Bréfritari: Jóhannes Halldórsson
Dagsetning: A-1875-03-27
Skrifað á: Vesturheimi

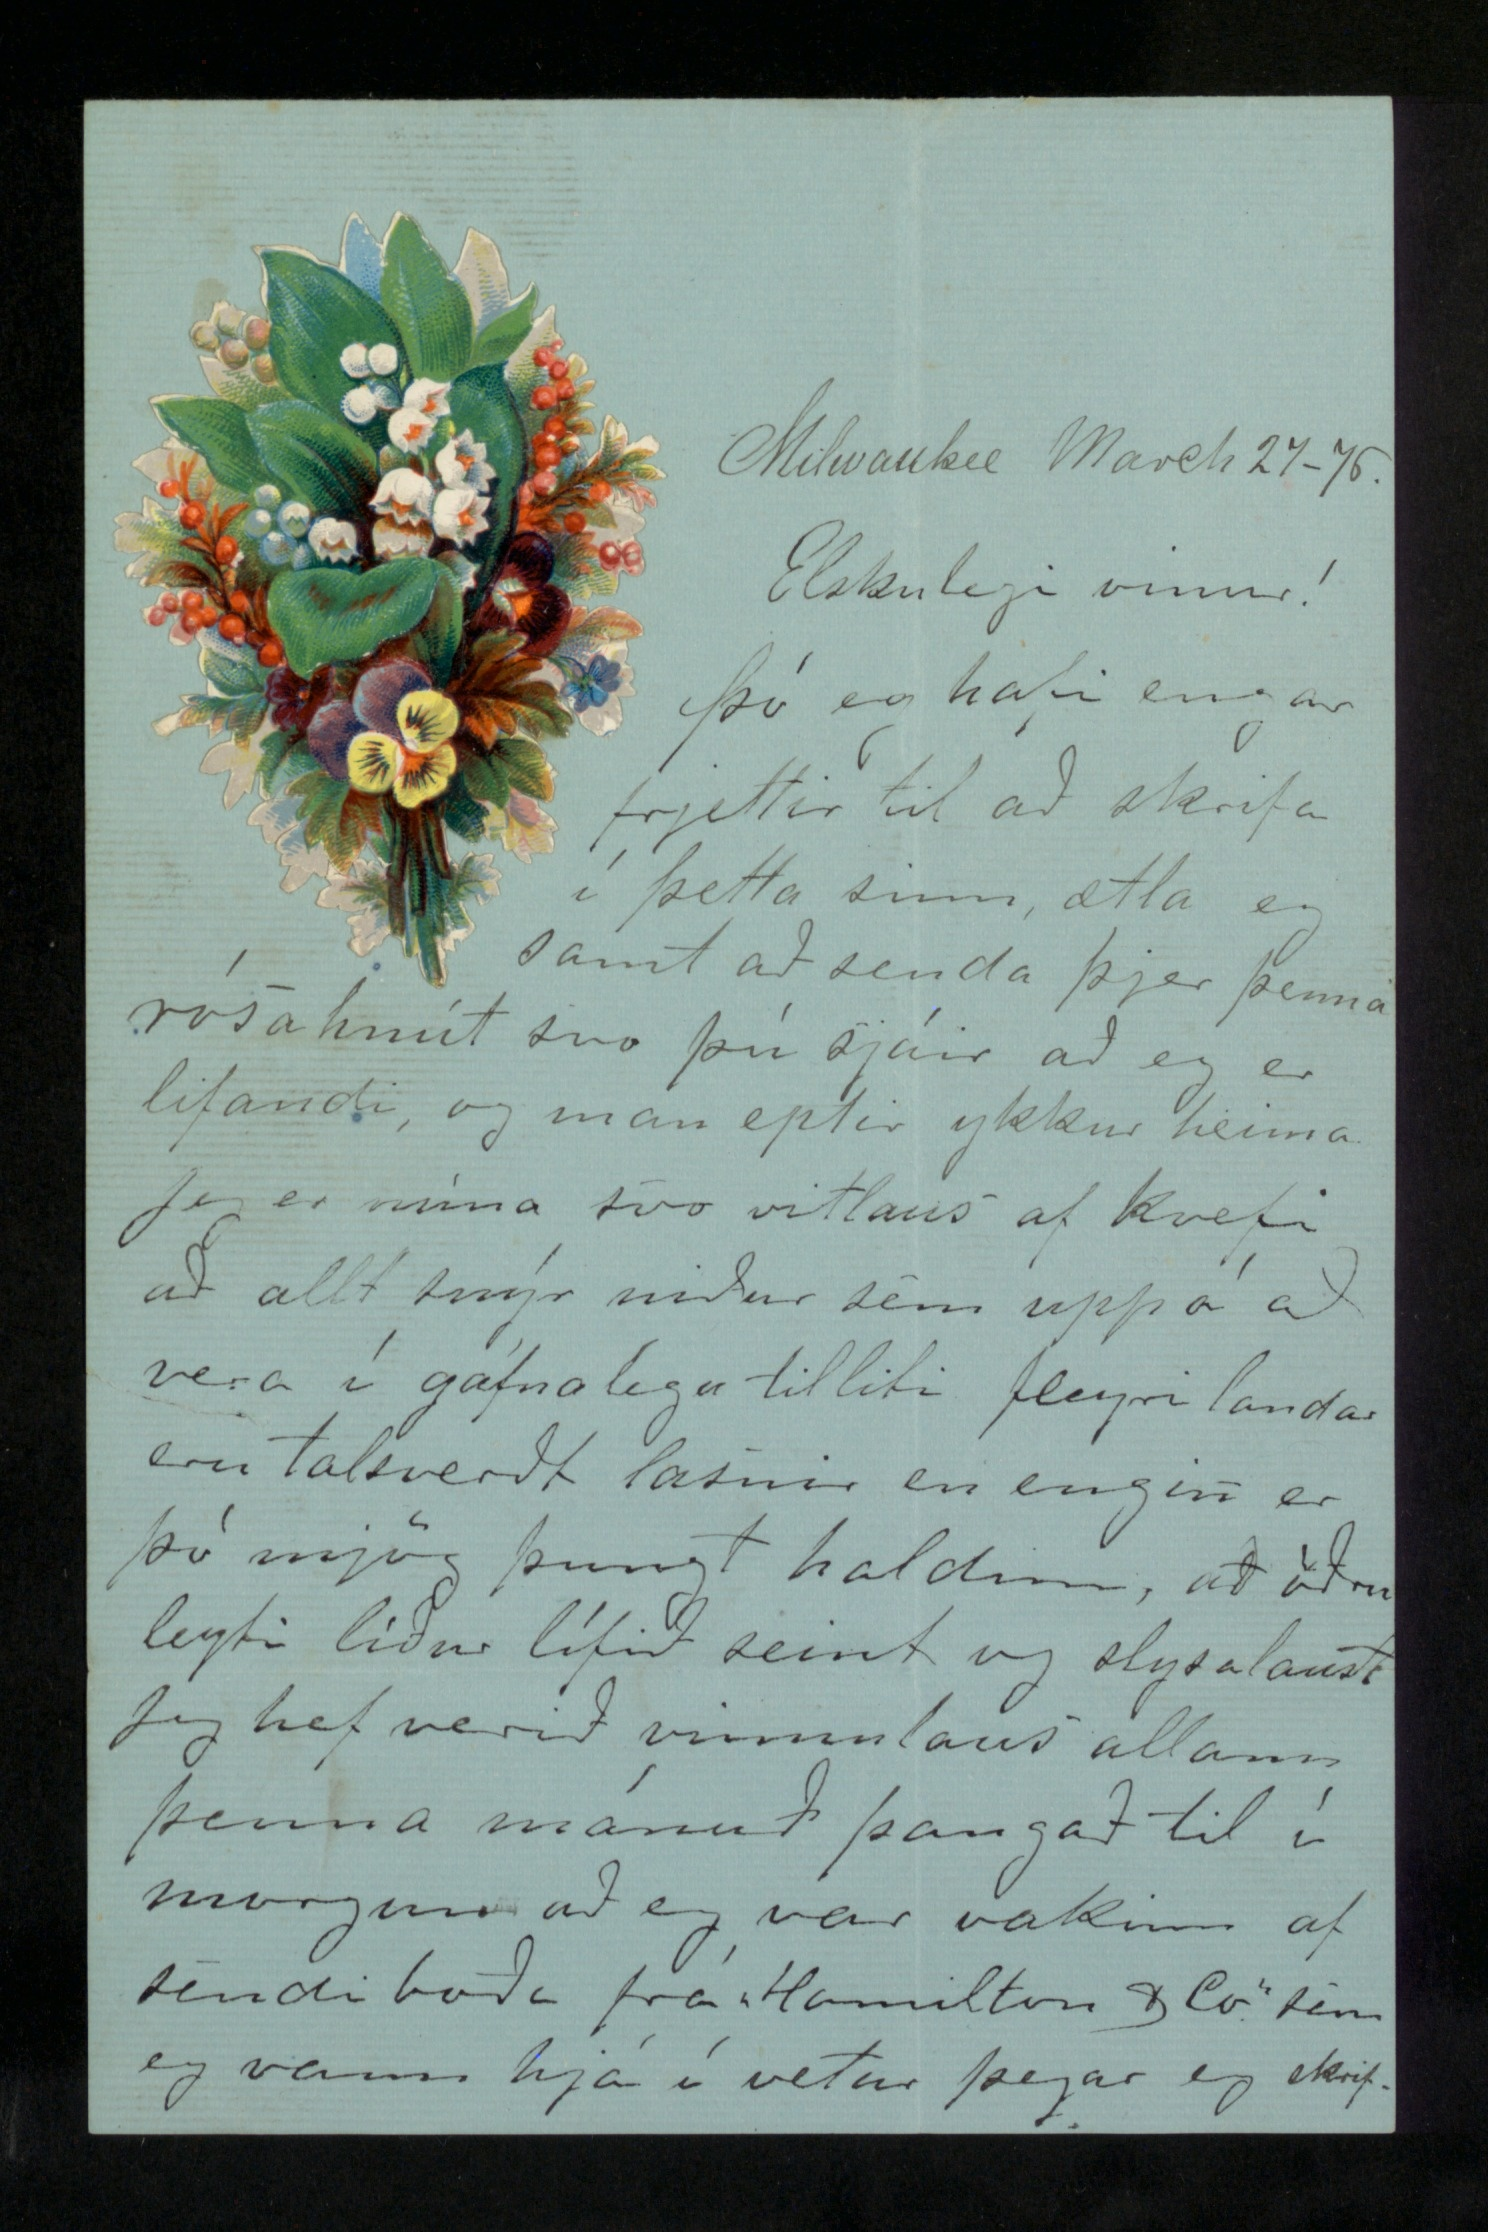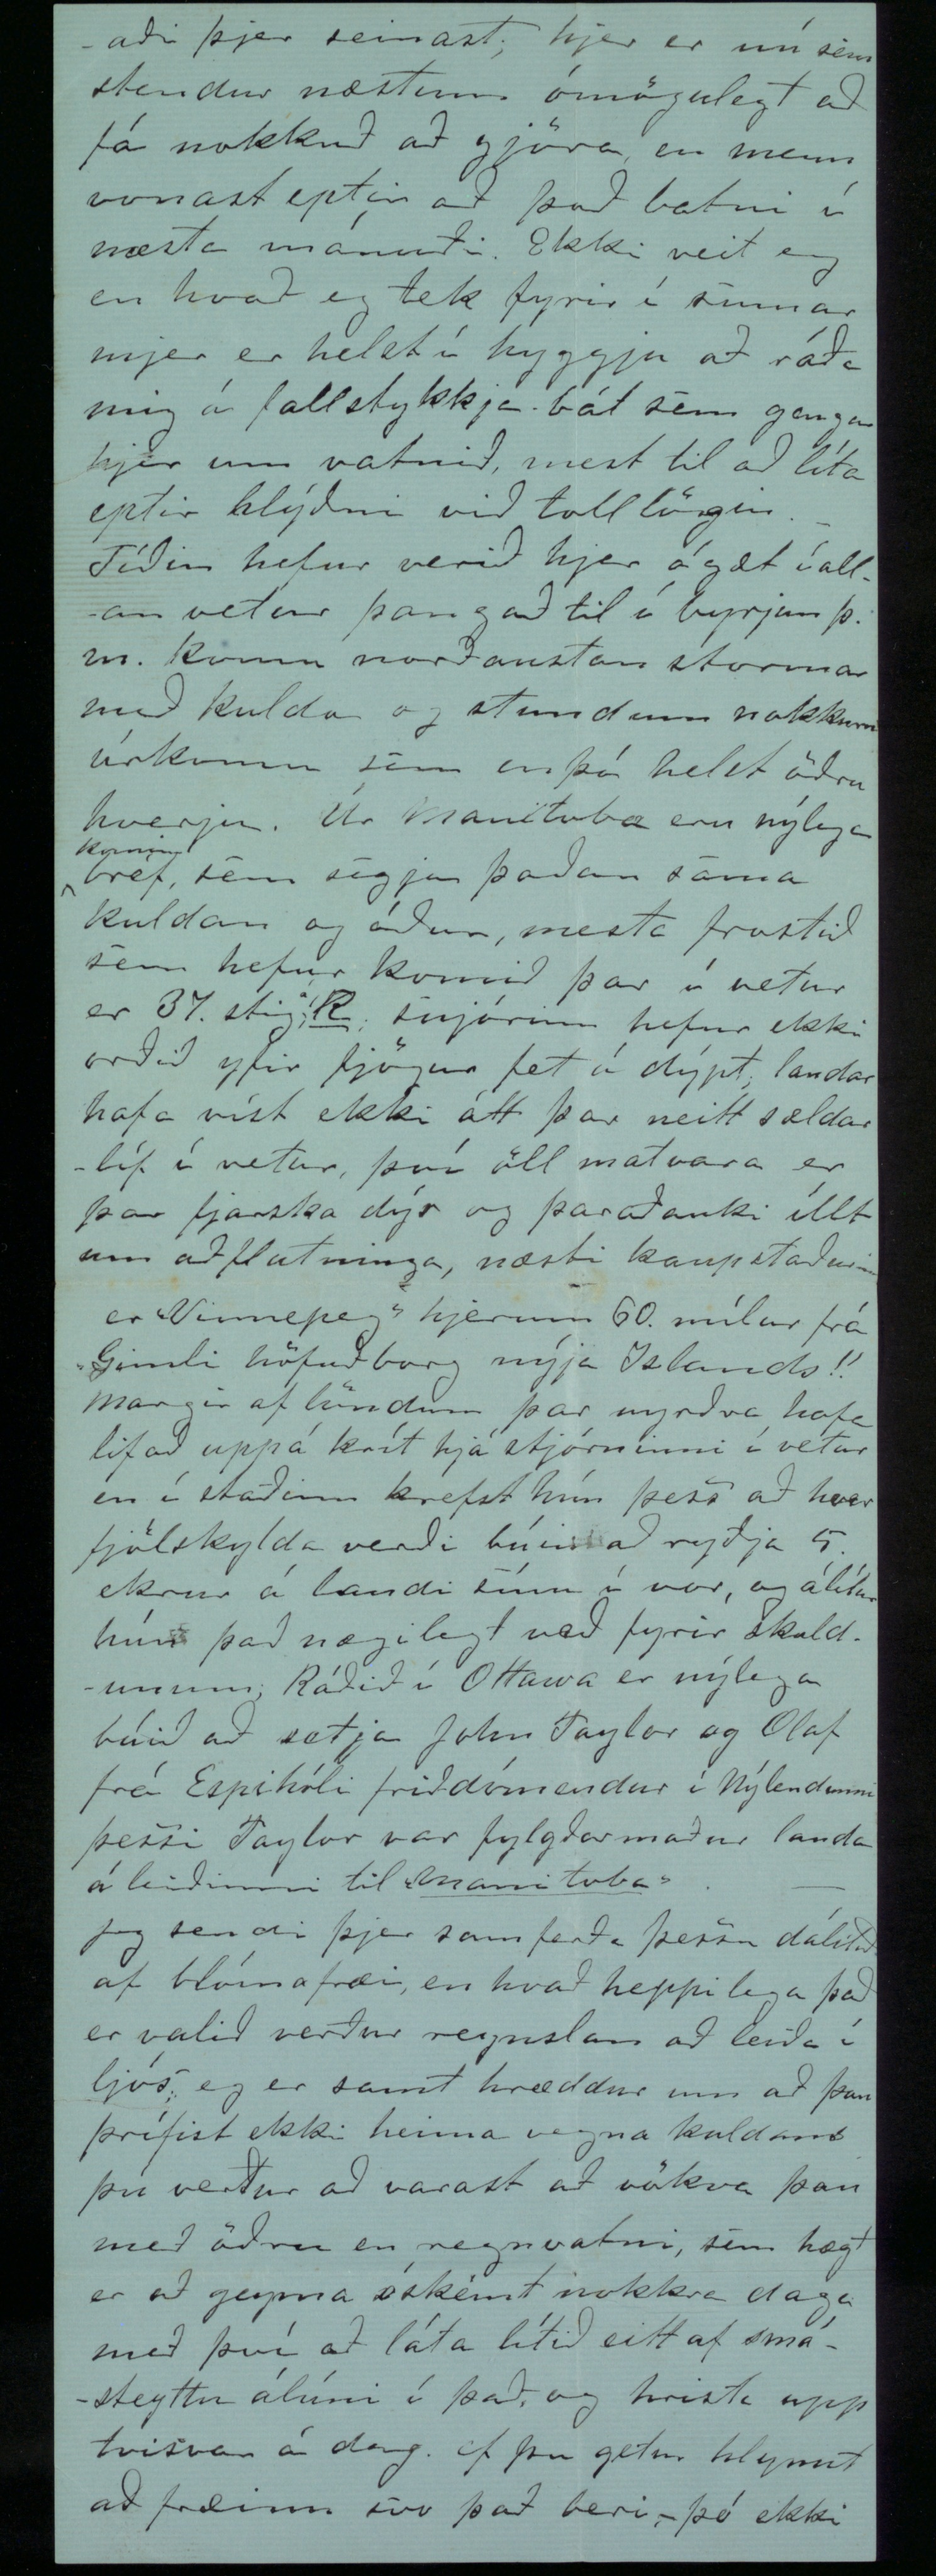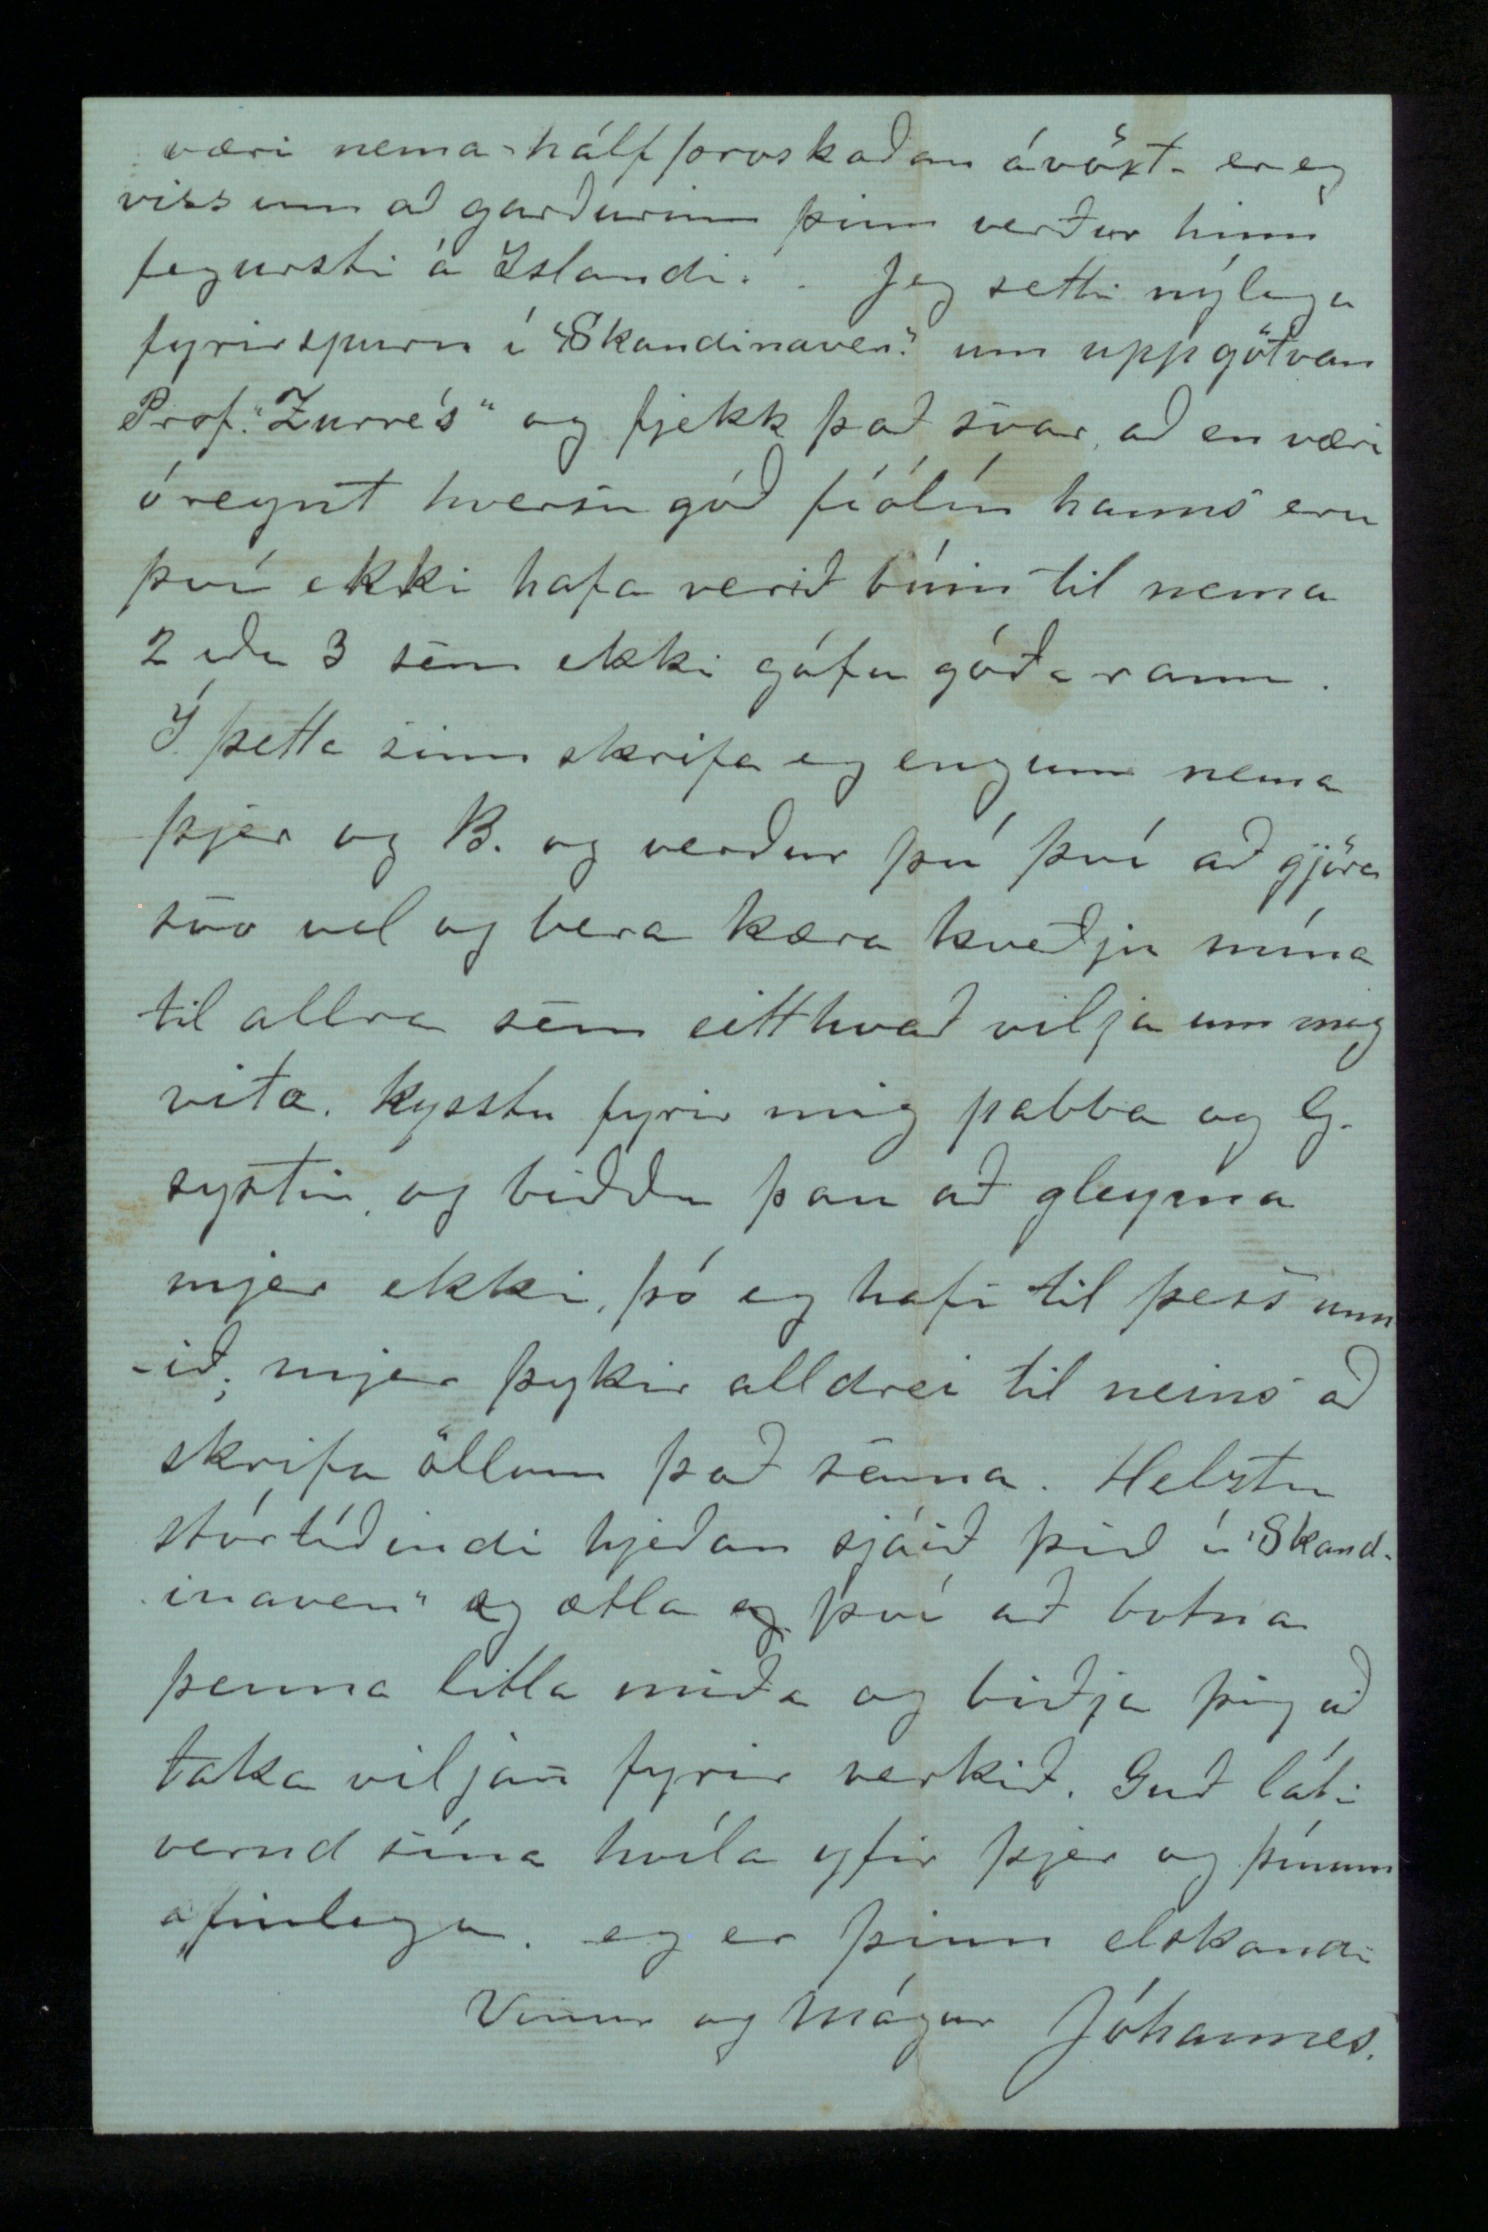

Milwaukee March 27-75
Elskulegi vinur!
Þó eg hafi engar frjettir til að skrifa í þetta sinn, ætla eg samt að senda þjer þenna rósahnút svo þú sjáir að eg er lifandi, og man eptir ykkur heima
Jeg er núna svo vitlaus af kvefi að allt snýr niður sem upp á að vera í gáfnalegu tilliti fleyri landar eru talsverdt lasnir en engin er þó mjög þungt haldinn, að öðru leyti líður lífið seint og slysalaust Jeg hef verið vinnulaus allann þenna mánuð þangað til í morgun að eg var vakinn af sendiboða frá „Hamilton & Co." sem eg vann hjá í vetur þegar eg skrif-
-aði þjer seinast, hjer er nú sem stendur næstum ómögulegt að fá nokkuð að gjöra en menn vonast eptir að það batni í næsta mánuði. Ekki veit eg en hvað eg tek fyrir í sumar mjer er helzt í hyggju að ráða mig á fallstykkja bát sem ganga hjer um vatnið, mest til að líta eptir hlýðni við tolllögin.
Tíðin hefur verið hjer ógæt í allan vetur þangað til í byrjun þ.m. komu norðaustan stormar með kulda og stundum nokkurri úrkomu sem enþá helst öðru hverju. Úr Manitoba eru nýlega
komin
bréf, sem segja þaðan sama kuldan og áður, mesta frostið sem hefur komið þar í vetur er 37. stig
á
R
, snjórinn hefur ekki orðið yfir fjögur fet á dýpt, landar hafa víst ekki átt þar neitt sældarlíf í vetur, því öll matvara er þar fjarska dýr og þaraðauki íllt um aðflutninga, næsti kaupstaður
er Winnipegí hjerum 60. mílur frá Gimli höfuðborg nýja Íslands!! Margir af löndum þar nyrðra hafa lifað uppá krít hjá stjórninni í vetur en í staðinn krefst hún þess að hver fjölskylda verði búin að ryðja 5 ekrur á landi sínu í vor, og álítur hún það nægilegt veð fyrir skuldunum; Ráðið í Ottawa er nýlega búið að setja John Taylor og Olaf frá Espihóli friðdómendur í Nýlendunni þessi Taylor var fylgdarmaður landa á leiðinni til
Manitoba
.
Jeg sendi þjer samferða þessu dálítið af blómafræi, en hvað heppilega það er valið verður reynslan að leiða í ljós eg er samt hræddur um að þau þrífist ekki heima vegna kuldans þú verður að varast að vökva þau með öðru en regnvatni, sem hægt er að geyma óskémt nokkra daga með því að láta lítið eitt af smásteyttu álúni í það og hrista upp tvisvar á dag ef þú getur hlynnt að fræinu svo það beri - þó ekki
væri nema hálfþroskaðan ávöxt - er eg viss um að garðurinn þinn verður hinn fegursti á Íslandi. Jeg setti nýlega fyrir spurn í Skandinaven um uppgötvun Prof. „Zurre's" og fjekk það svar að en væri óreynt hversu góð
fíólín
hans eru því ekki hafa verið búin til nema 2 eða 3 sem ekki gáfu góða raun.
Í þetta sinn skrifa eg engum nema þjer og B. og verður þú því að gjöra svo vel og bera kæra kveðju mína til allra sem eitthvað vilja um mig vita. kysstu fyrir mig pabba og G. systir og biddu þau að gleyma mjer ekki þó eg hefi til þess unnið mjer þykir alldrei til neins að skrifa öllum það sama. Helztu stórtíðindi hjeðan sjáið þið í „Skandinaven" og ætla eg því að botna þenna litla miða og biðja þig að taka viljan fyrir verkið. Guð láti vernd sína hvíla yfir þjer og þínum æfinlega, eg er þinn elskandi
Vinur og mágur Jóhannes